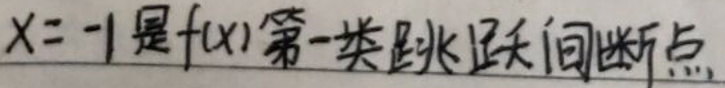
$x = -1$是$f(x)$第一类跳跃间断点